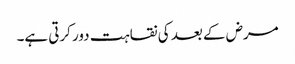
مرض کے بعد کی نقاہت دور کرتی ہے۔